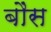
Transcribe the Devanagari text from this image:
बौंस